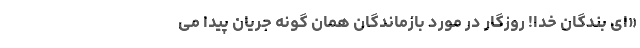
«اى بندگان خدا! روزگار در مورد بازماندگان همان گونه جريان پيدا مى